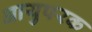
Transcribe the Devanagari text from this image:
आयुपरक